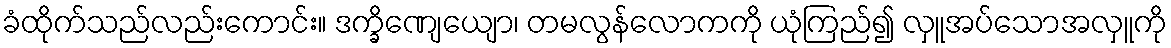
ခံထိုက်သည်လည်းကောင်း။ ဒက္ခိဏျေယျော၊ တမလွန်လောကကို ယုံကြည်၍ လှူအပ်သောအလှူကို